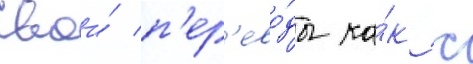
Свои́ п'ер'ево́ды ка́к с